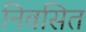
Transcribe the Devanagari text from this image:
निवसित